Annual statistical returns and brief notes on vaccination in Bengal - 1887-1898
Year: 1887
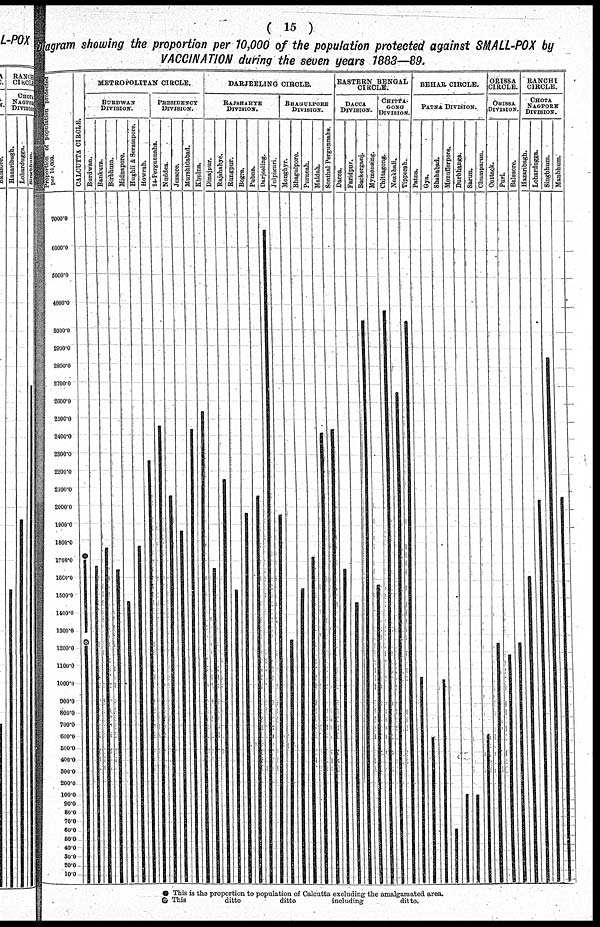
( 15 )
Diagram showing the proportion per 10,000 of the population protected against SMALL-POX by
VACCINATION during the seven years 1883—89.